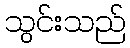
သွင်းသည်